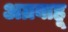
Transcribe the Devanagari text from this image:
अग्रबाहू